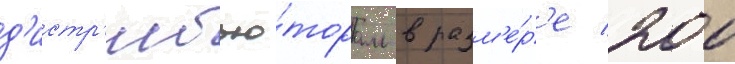
д'истр'ибью́торам в разм'е́р'е 200